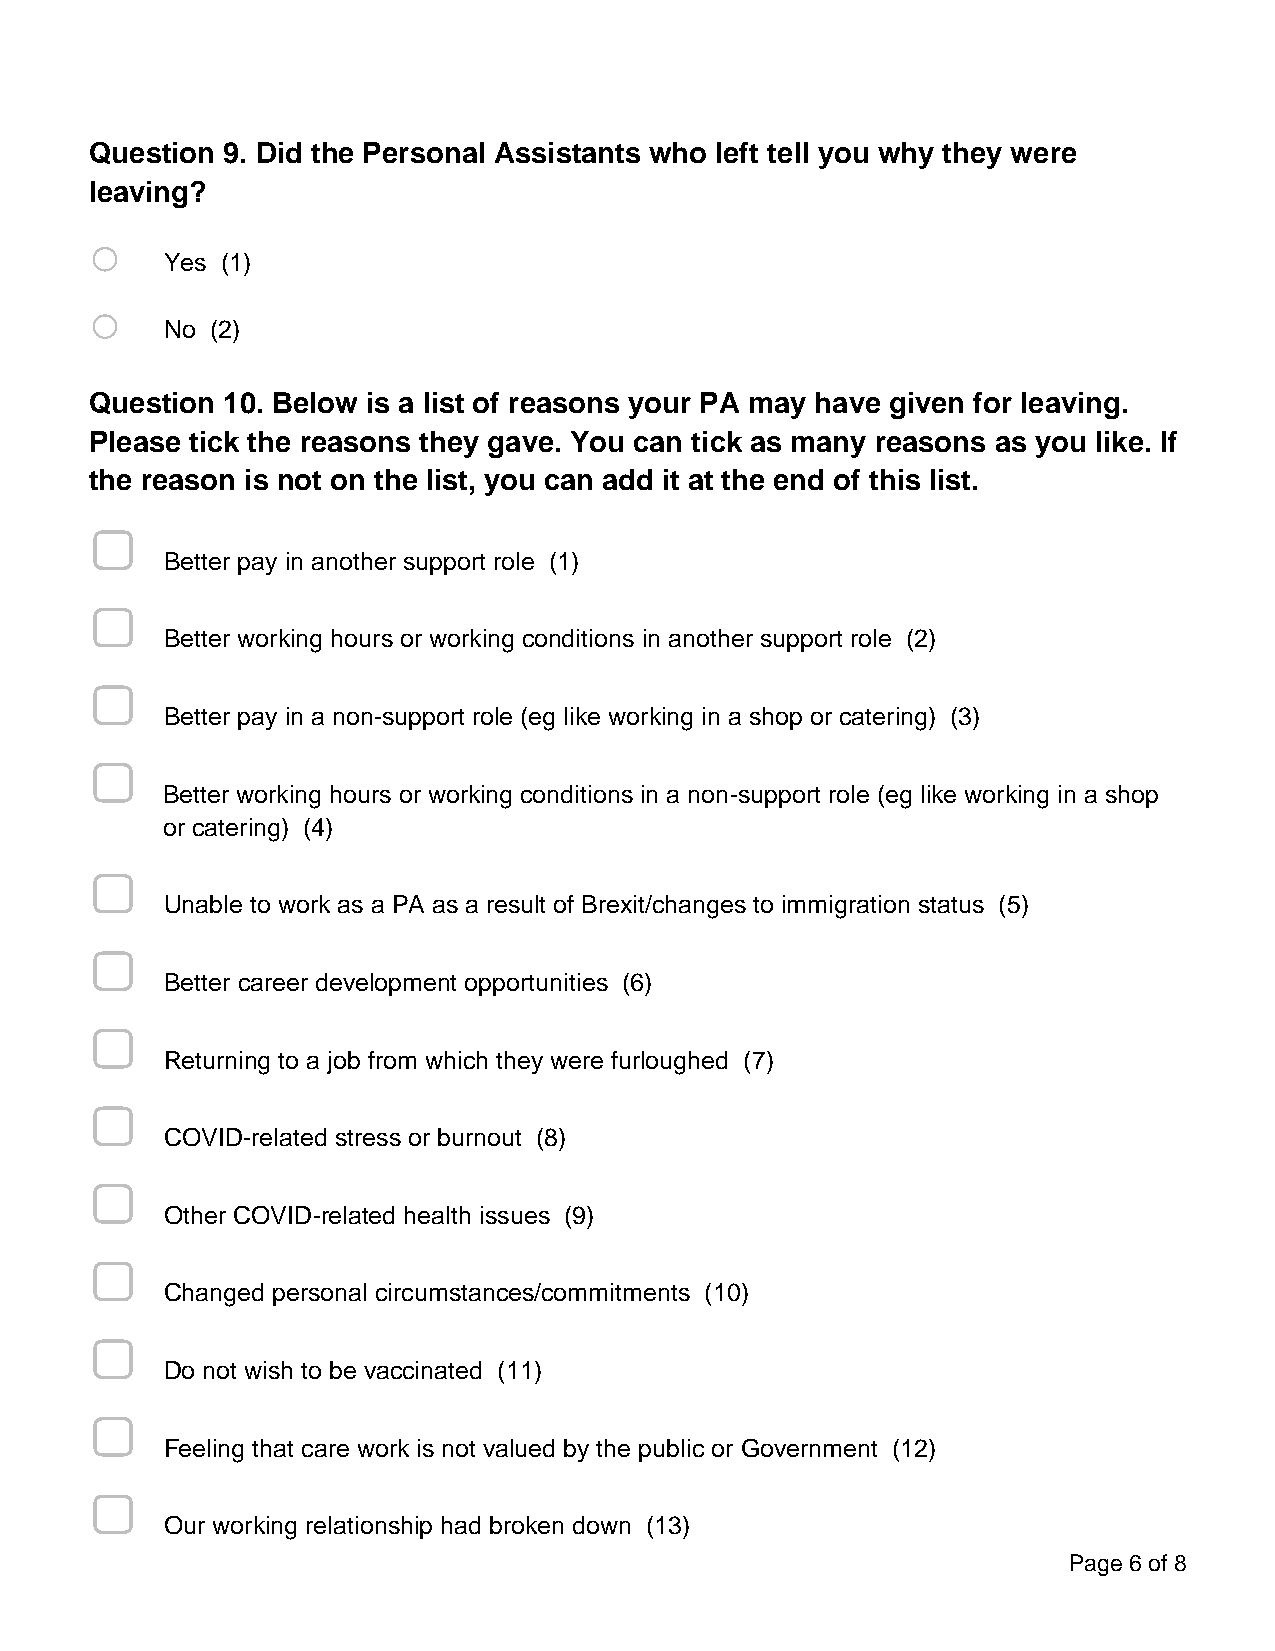
Question 9. Did the Personal Assistants who left tell you why they were
 leaving?
 o
 Yes (1)
 o
 No (2)
 Question 10. Below is a list of reasons your PA may have given for leaving.
 Please tick the reasons they gave. You can tick as many reasons as you like. If
 the reason is not on the list, you can add it at the end of this list.
 ▢
 Better pay in another support role (1)
 ▢
 Better working hours or working conditions in another support role (2)
 ▢
 Better pay in a non-support role (eg like working in a shop or catering) (3)
 ▢
 Better working hours or working conditions in a non-support role (eg like working in a shop
 or catering) (4)
 ▢
 Unable to work as a PA as a result of Brexit/changes to immigration status (5)
 ▢
 Better career development opportunities (6)
 ▢
 Returning to a job from which they were furloughed (7)
 ▢
 COVID-related stress or burnout (8)
 ▢
 Other COVID-related health issues (9)
 ▢
 Changed personal circumstances/commitments (10)
 ▢
 Do not wish to be vaccinated (11)
 ▢
 Feeling that care work is not valued by the public or Government (12)
 ▢
 Our working relationship had broken down (13)
 Page 6 of 8